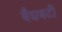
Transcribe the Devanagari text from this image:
बैद्यबटी